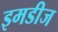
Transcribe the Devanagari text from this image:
इमडीज